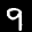
Label: 9